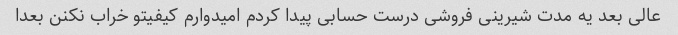
عالی بعد یه مدت شیرینی فروشی درست حسابی پیدا کردم امیدوارم کیفیتو خراب نکنن بعدا